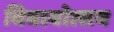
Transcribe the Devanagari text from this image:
विवावोत्सव